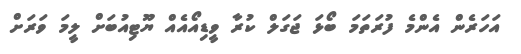
އަހަރެން އެންމެ ފުރަތަމަ ބޯޅަ ޖަގަލް ކުރާ ވީޑިއޯއެއް ޔޫޓިއުބަށް ލީމަ ވަރަށް